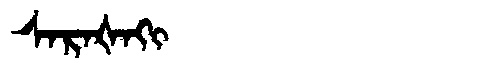
Manchu: ᠰᠠᡵᠠᡧᠠᡴᡳ
Romanization: SARAŠAKI